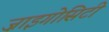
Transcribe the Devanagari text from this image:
ज़ाइगोसिटी